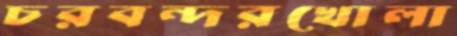
চরবন্দরখোলা